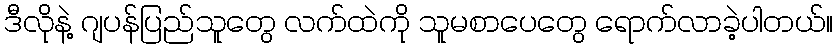
ဒီလိုနဲ့ ဂျပန်ပြည်သူတွေ လက်ထဲကို သူမစာပေတွေ ရောက်လာခဲ့ပါတယ်။